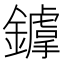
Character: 𨭴